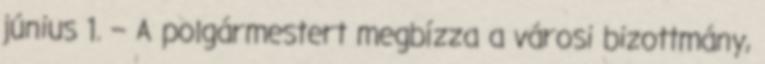
június 1. – A polgármestert megbízza a városi bizottmány,